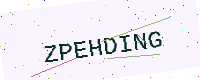
Text: ZPEHDING